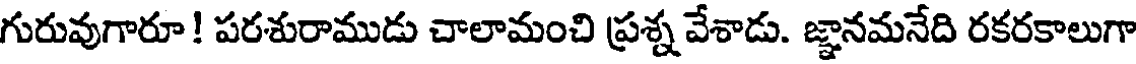
గురువుగారూ! పరశురాముడు చాలామంచి ప్రశ్న వేశాడు. జ్ఞానమనేది రకరకాలుగా